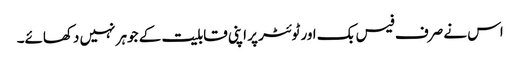
اس نے صرف فیس بک اور ٹوئٹر پر اپنی قابلیت کے جوہر نہیں دکھائے۔